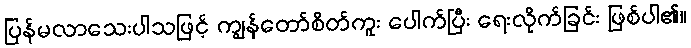
ပြန်မလာသေးပါသဖြင့် ကျွန်တော်စိတ်ကူး ပေါက်ပြီး ရေးလိုက်ခြင်း ဖြစ်ပါ၏။